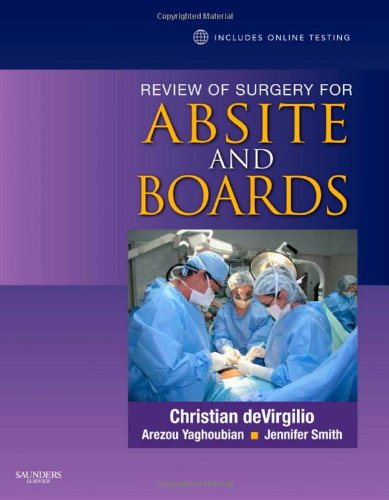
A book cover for Review of Surgery for ABSITE and Boards, 1e; Christian DeVirgilio MD  FAC; Medical Books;